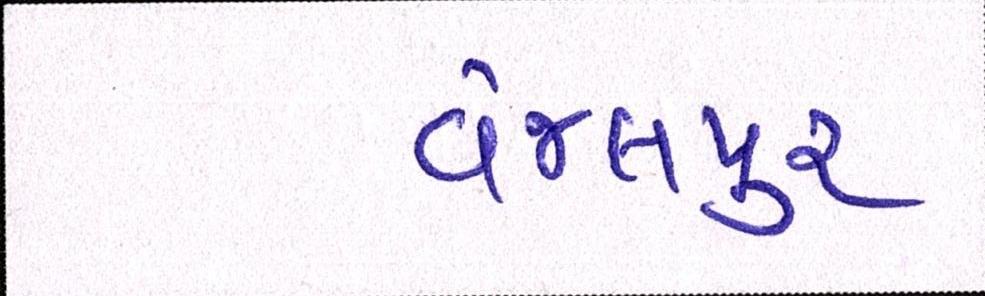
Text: વેજલપુર